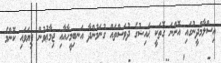
އިސްލާމްދީނުގައި އޮންނަ ގޮތަކީ ޙައިޟުގެ ދުވަސްތައް ގުނަމުންދާ އަނބިމީހާއާއި ޖިމާޢުވުން ފިޔަވައި ކޮންމެ